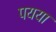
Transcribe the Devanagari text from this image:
पयया